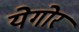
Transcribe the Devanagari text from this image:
येगोर